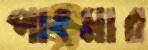
পাংমার